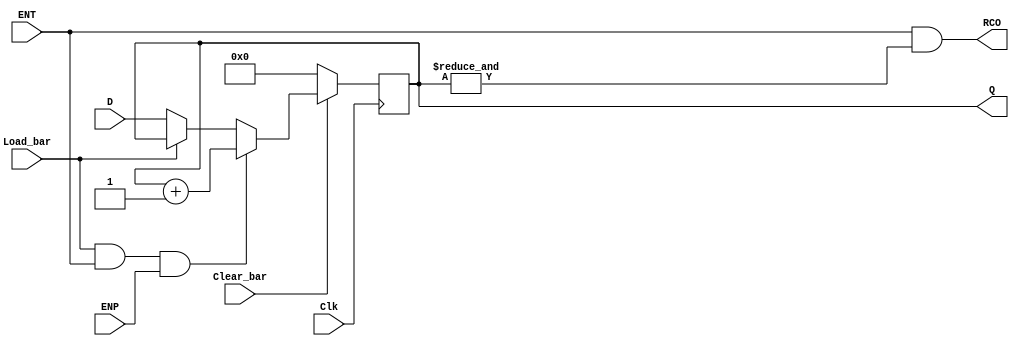
// 4-bit modulo 16 binary counter with parallel load, 
//Synchronous Reset (SRn) -> LS163A
//<START_TEMPLATE>
//ttl_74161a #(.DELAY_RISE(20), .DELAY_FALL(25)) <NAME> (.Clear_bar(), .Load_bar(), .ENT(), .ENP(), .D(), .Clk(), .RCO(), .Q());
//<END_TEMPLATE>
//
//tP_clk2tc = 19ns min, 25ns max
//tP_clk2q =  15ns min, 25ns max
//20,25
`default_nettype none
`timescale 1ns/1ns

module ttl_74163a #(parameter WIDTH = 4, DELAY_RISE = 0, DELAY_FALL = 0)
(
  input wire Clear_bar, //1
  input wire Load_bar, //9
  input wire ENT, //7
  input wire ENP, //10
  input wire [WIDTH-1:0] D, //D 6, C 5, B 4, A 3
  input wire Clk, //2
  output wire RCO, //15
  output wire [WIDTH-1:0] Q //QD 11, QC 12, QB 13, QA 14
);

//------------------------------------------------//
wire RCO_current;
reg [WIDTH-1:0] Q_current;
wire [WIDTH-1:0] Q_next;

initial Q_current = 4'h0;
//initial RCO_current = 1'b0;

assign Q_next = Q_current + 1;

always @(posedge Clk)
begin
  if (!Clear_bar)
  begin
    Q_current <= {WIDTH{1'b0}};
  end
  else
  begin
    if (!Load_bar)
    begin
      Q_current <= D;
    end

    if (Load_bar && ENT && ENP)
    begin
      Q_current <= Q_next;
    end
  end
end
  
// output
assign RCO_current = ENT && (&Q_current);

//------------------------------------------------//

assign #(DELAY_RISE, DELAY_FALL) RCO = RCO_current;
assign #(DELAY_RISE, DELAY_FALL) Q = Q_current;

endmodule